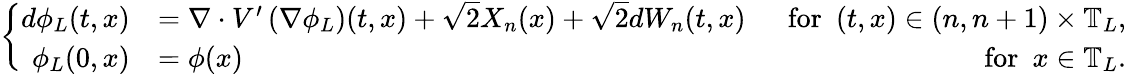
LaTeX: \left\{ \begin{array}{rlr}{d\phi_{L}(t,x)}&{=\nabla\cdot V^{\prime}\left(\nabla\phi_{L}\right)(t,x)+\sqrt{2}X_{n}(x)+\sqrt{2}dW_{n}(t,x)}&{~~\mathrm{for}~~(t,x)\in(n,n+1)\times\mathbb{T}_{L},}\\ {\phi_{L}(0,x)}&{=\phi(x)}&{\mathrm{for}~~x\in\mathbb{T}_{L}.}\end{array}\right.